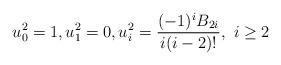
LaTeX: \begin{align*}u_0^2=1, u_1^2=0, u_i^2=\frac{(-1)^{i}B_{2i}}{i(i-2)!}, \ i\geq 2\end{align*}